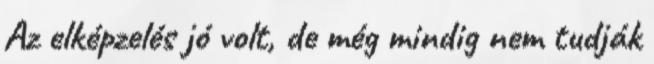
Az elképzelés jó volt, de még mindig nem tudják